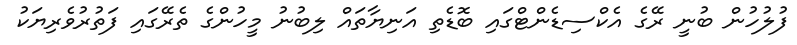
ފުލުހުން ބުނީ ރޭގެ އެކްސިޑެންޓްގައި ބޮޑެތި އަނިޔާތައް ލިބުނު މީހުންގެ ތެރޭގައި ފަތުރުވެރިޔަކު